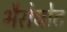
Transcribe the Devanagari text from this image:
भैरोघोट